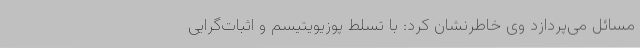
مسائل می‌پردازد وی خاطرنشان کرد: با تسلط پوزیویتیسم و اثبات‌گرایی